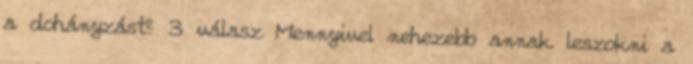
a dohányzást? 3 válasz Mennyivel nehezebb annak leszokni a